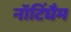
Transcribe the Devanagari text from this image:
नॉटिंघैम